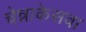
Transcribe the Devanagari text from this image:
चेन्नाकेसवा